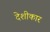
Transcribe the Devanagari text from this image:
देशीकार